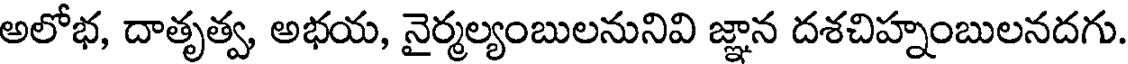
అలోభ, దాతృత్వ, అభయ, నైర్మల్యంబులనునివి జ్ఞాన దశచిహ్నంబులనదగు.